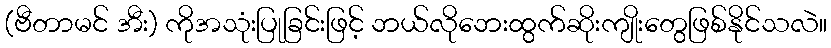
(ဗီတာမင် အီး) ကိုအသုံးပြုခြင်းဖြင့် ဘယ်လိုဘေးထွက်ဆိုးကျိုးတွေဖြစ်နိုင်သလဲ။